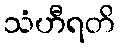
သံဟီရတိ